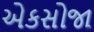
એકસોજા